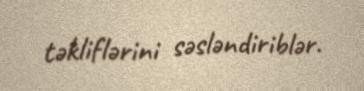
təkliflərini səsləndiriblər.